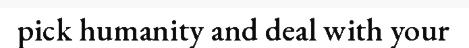
pick humanity and deal with your